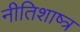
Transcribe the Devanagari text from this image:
नीतिशाष्त्र